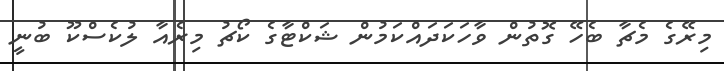
މިރޭގެ މެޗާ ބެހޭ ގޮތުން ވާހަކަދައްކަމުން ޝަކްޓާގެ ކޯޗު މިރެއާ ލުކެސްކޫ ބުނީ